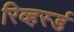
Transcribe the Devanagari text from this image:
रिव्हर्स्ड